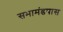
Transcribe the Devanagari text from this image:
सभामंडपास